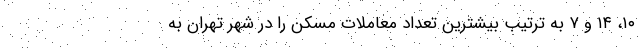
۱۰، ۱۴ و ۷ به ترتیب بیشترین تعداد معاملات مسکن را در شهر تهران به